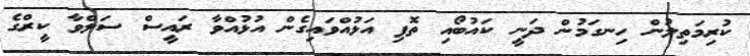
ކުރިމަތިލުން ހިނގަމުން ދަނީ ކައުބޯއި ތޮފި އަޅުއްވައިގެން އުޅުއްވާ ރައީސް ސަލްވާ ކީރްގެ